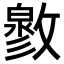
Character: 𢿬